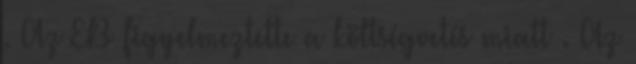
. Az EB figyelmeztette a költségvetés miatt . Az